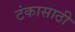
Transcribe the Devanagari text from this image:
टंकासाठी